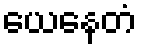
ယေနေတံ